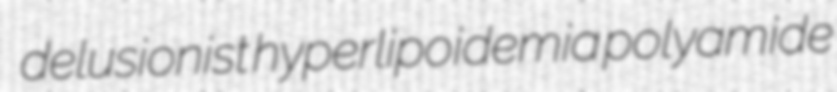
delusionist hyperlipoidemia polyamide